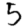
Digit: 5